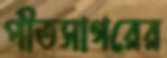
পীতসাগরের